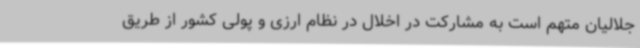
جلالیان متهم است به مشارکت در اخلال در نظام ارزی و پولی کشور از طریق